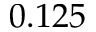
0 . 1 2 5